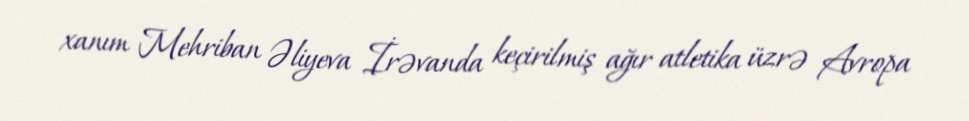
xanım Mehriban Əliyeva İrəvanda keçirilmiş ağır atletika üzrə Avropa